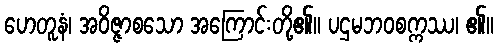
ဟေတူနံ၊ အဝိဇ္ဇာစသော အကြောင်းတို့၏။ ပဌမဘဝစက္ကဿ၊ ၏။